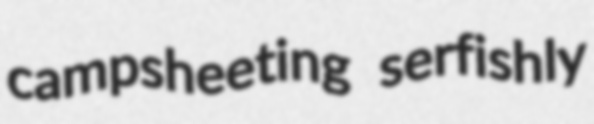
campsheeting serfishly